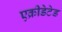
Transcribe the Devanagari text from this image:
एक्रीडेटेड